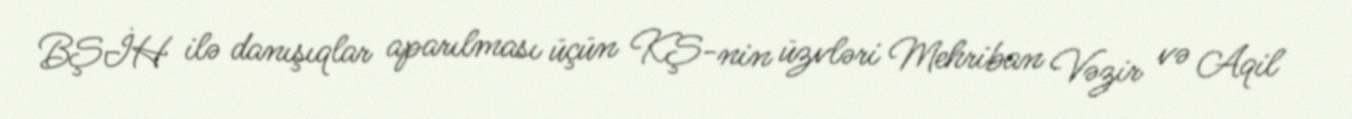
BŞİH ilə danışıqlar aparılması üçün KŞ-nin üzvləri Mehriban Vəzir və Aqil